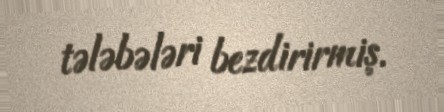
tələbələri bezdirirmiş.